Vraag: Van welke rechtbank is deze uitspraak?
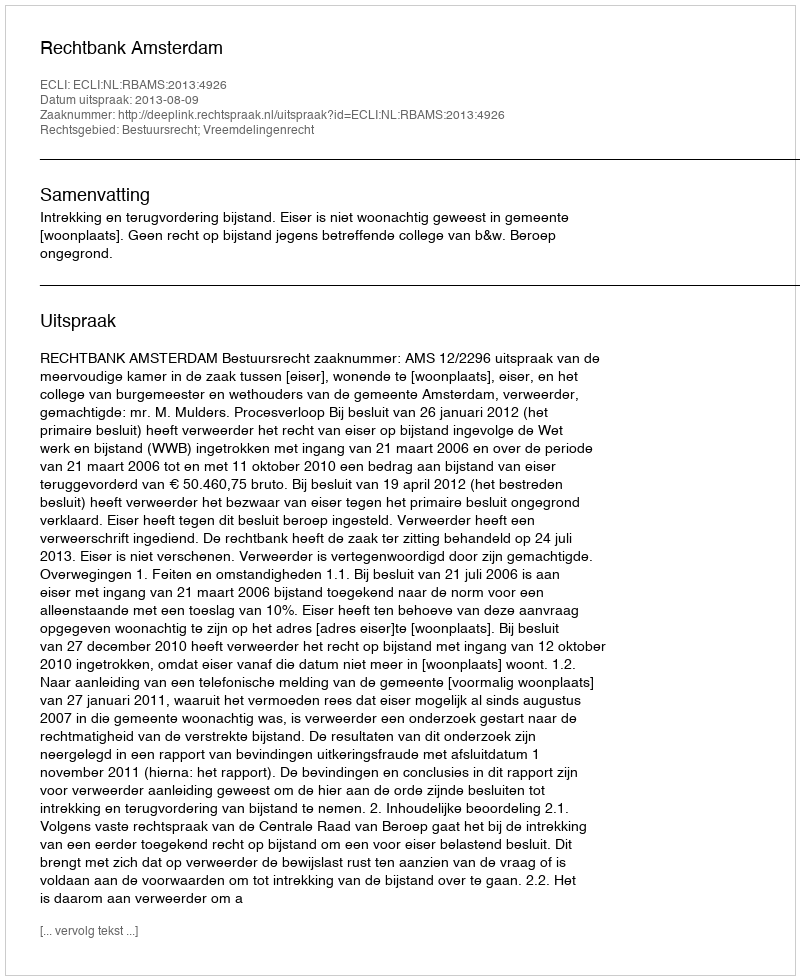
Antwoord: Rechtbank Amsterdam